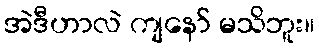
အဲဒီဟာလဲ ကျနော် မသိဘူး။